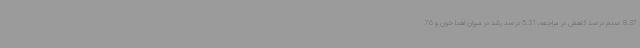
8.37 صدم درصد کاهش در مراجعه، 5.31 درصد رشد در میزان اهدا خون و 76